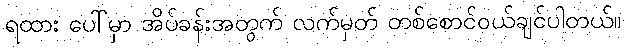
ရထား ပေါ်မှာ အိပ်ခန်းအတွက် လက်မှတ် တစ်စောင်ဝယ်ချင်ပါတယ်။